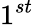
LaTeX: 1^{st}